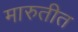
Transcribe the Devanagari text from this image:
मारुतीत